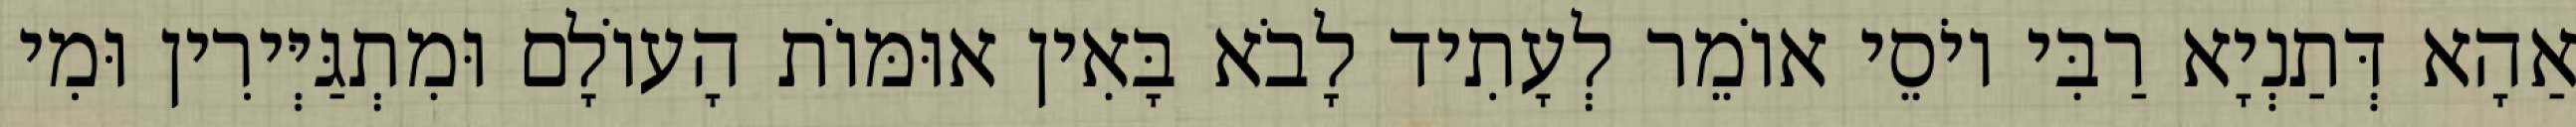
אַהָא דְּתַנְיָא רַבִּי יוֹסֵי אוֹמֵר לְעָתִיד לָבֹא בָּאִין אוּמּוֹת הָעוֹלָם וּמִתְגַּיְּירִין וּמִי